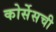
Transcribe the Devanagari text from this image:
कोर्सेसची